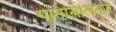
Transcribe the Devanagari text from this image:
पेनिसिलिनेज